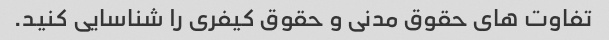
تفاوت های حقوق مدنی و حقوق کیفری را شناسایی کنید.